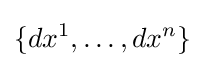
\{dx^{1},\ldots ,dx^{n}\}